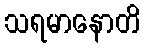
သရမာနောတိ